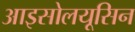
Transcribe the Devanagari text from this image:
आइसोलयूसिन